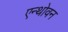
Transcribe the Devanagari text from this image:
एन्थोवन